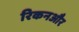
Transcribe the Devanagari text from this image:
रिकनऔर